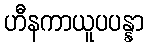
ဟီနကာယူပပန္နာ